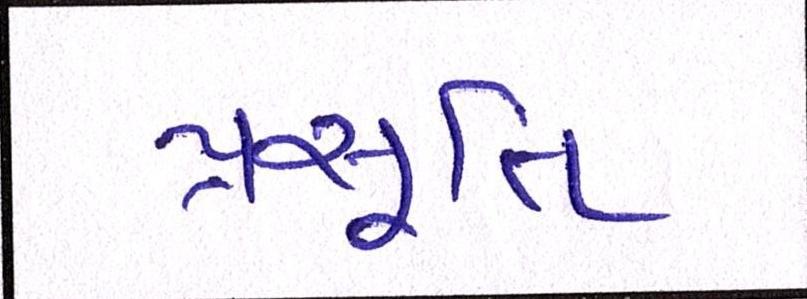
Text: પ્રસૂતિ